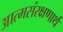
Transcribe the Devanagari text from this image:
आत्मसंरक्षणार्थ